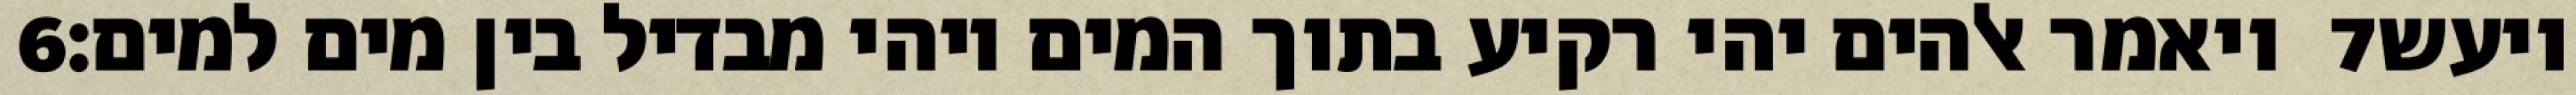
‎6‏ ויאמר אלהים יהי רקיע בתוך המים ויהי מבדיל בין מים למים׃ ‎7‏ ויעש